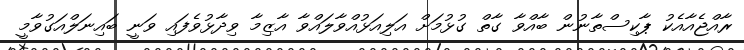
ރާއްޖެއާއެކު ޕާކިސްތާނުން ބާއްވާ ގާތް ގުޅުމަށް އަލިއަޅުއްވާލައްވާ އާޒިމާ ވިދާޅުވެފައި ވަނީ ބައިނަލްއަގުވާމީ